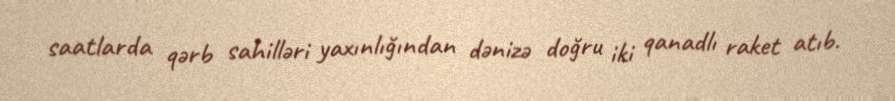
saatlarda qərb sahilləri yaxınlığından dənizə doğru iki qanadlı raket atıb.